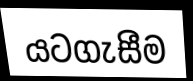
යටගැසීම